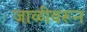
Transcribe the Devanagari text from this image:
जाळीवरून